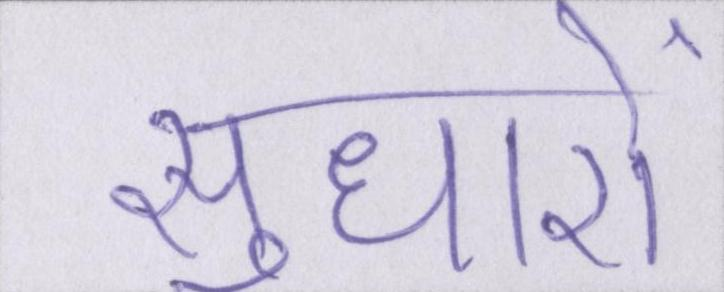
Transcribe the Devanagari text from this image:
सुधारों